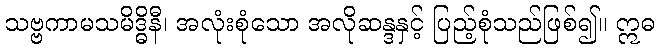
သဗ္ဗကာမသမိဒ္ဓိနီ၊ အလုံးစုံသော အလိုဆန္ဒနှင့် ပြည့်စုံသည်ဖြစ်၍။ ဣဓ